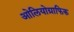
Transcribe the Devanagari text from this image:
ओलियोग्राफिक